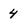
Character: 4